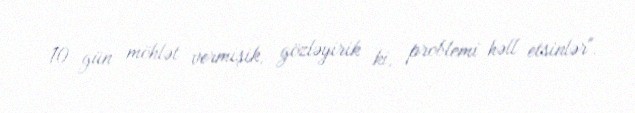
10 gün möhlət vermişik, gözləyirik ki, problemi həll etsinlər".